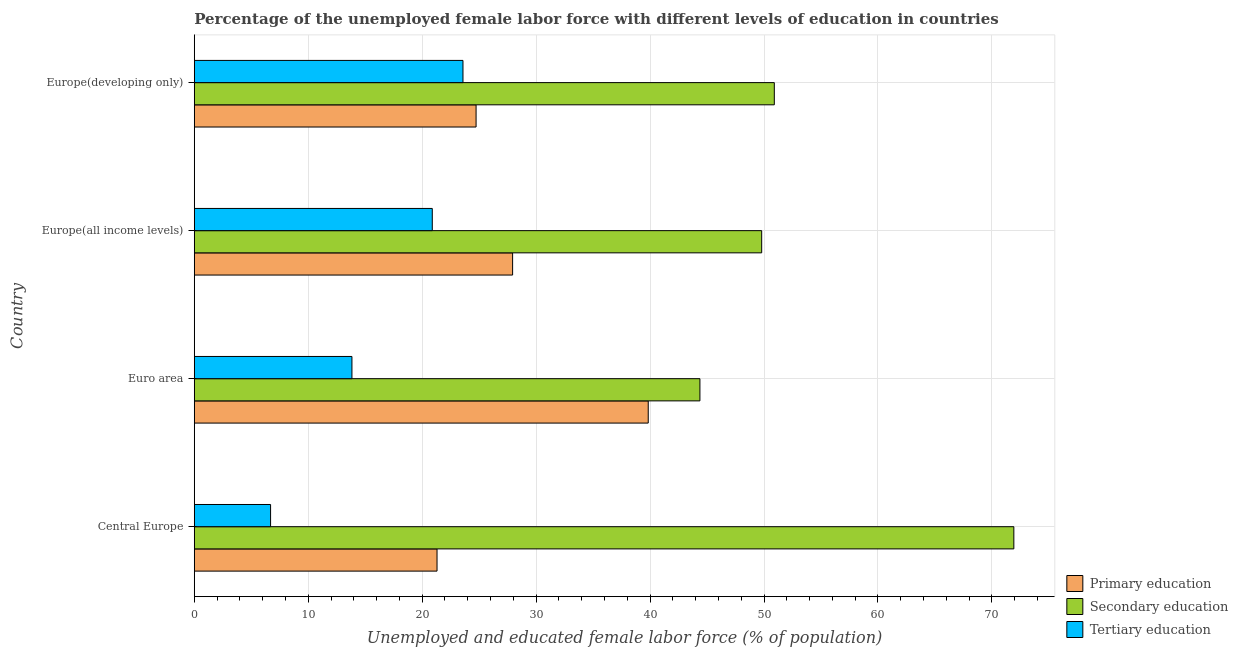
| Country | Primary education | Secondary education | Tertiary education |
 | --- | --- | --- | --- |
 | Central Europe | 21.3 | 71.9 | 6.7 |
 | Euro area | 39.8 | 44.4 | 13.8 |
 | Europe(all income levels) | 27.9 | 49.8 | 20.9 |
 | Europe(developing only) | 24.7 | 50.9 | 23.6 |